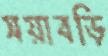
সয়াবড়ি